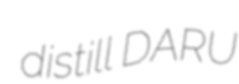
distill DARU